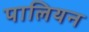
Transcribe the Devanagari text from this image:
पालियन